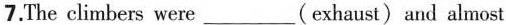
7.The climbers were___( exhaust) and almost